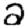
Digit: 2